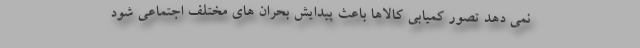
نمی دهد تصور کمیابی کالاها باعث پیدایش بحران های مختلف اجتماعی شود